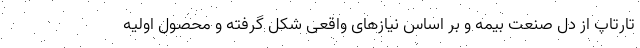
تارتاپ از دل صنعت بیمه و بر اساس نیازهای واقعی شکل گرفته و محصول اولیه